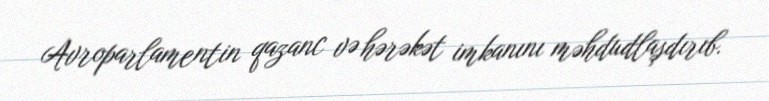
Avroparlamentin qazanc və hərəkət imkanını məhdudlaşdırıb.